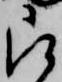
被